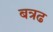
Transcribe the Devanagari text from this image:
बत्रढ